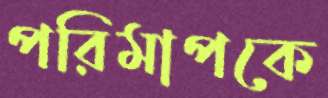
পরিমাপকে